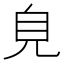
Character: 𧠆